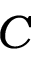
C